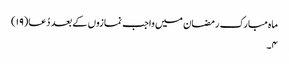
ماہ مبارک رمضان میں واجب نمازوں کے بعد دُعا(۱۹)
۴۔